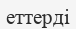
еттерді